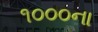
૧૦૦૦ના